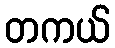
တကယ်